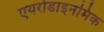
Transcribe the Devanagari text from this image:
एयरोडाइनमिक